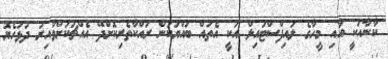
ކާނާއަކީ އާއި މީހާގެ ލައިފްސްޓައިލް އަކީ އެތައް ބައްޔަކުން ރައްކާތެރިކޮށްދޭ އެއްޗަކަށްވާއިރު ދުޅަހެޔޮ